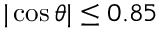
| \cos \theta | \le 0 . 8 5